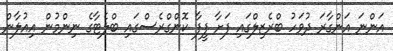
އަންނަ އަންގާރަ ދުވަހު ބްރެޒިލްގައި ފަށާ ފީފާ ކޮންގްރެސްގައި ބްލެޓާގެ ނިންމުން އިއުލާން